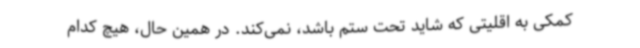
کمکی به اقلیتی که شاید تحت ستم باشد، نمی‌کند. در همین حال، هیچ کدام